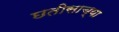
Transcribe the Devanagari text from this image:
छतीसाच्या